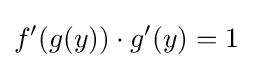
f'(g(y))\cdot g'(y)=1